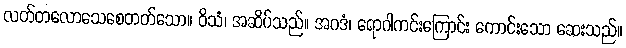
လတ်တလောသေစေတတ်သော။ ဝိသံ၊ အဆိပ်သည်။ အဂဒံ၊ ရောဂါကင်းကြောင်း ကောင်းသော ဆေးသည်။